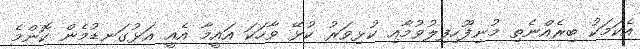
އެކަމަކު ބިރެއްނެތި މުނިފޫހިފިލުވުމާއި ކުޅިވަރު ކުޅޭ ވާހަކަ އައީމާ އެއީ އަޅުގަނޑުމެން ކޮންމެ